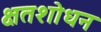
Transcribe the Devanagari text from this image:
क्षतशोधन